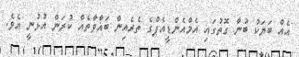
އެއް ބަޔަކު ބުނާ ގޮތުގައި އެމްއެންޑީއެފްގެ ތެރެއިން ބަޣާވާތެއް ކުރަން އުޅުނީ އެވެ.